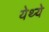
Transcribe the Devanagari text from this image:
येथ्ये